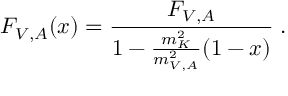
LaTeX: F _ { V , A } ( x ) = \frac { F _ { V , A } } { 1 - \frac { m _ { K } ^ { 2 } } { m _ { V , A } ^ { 2 } } ( 1 - x ) } \; .